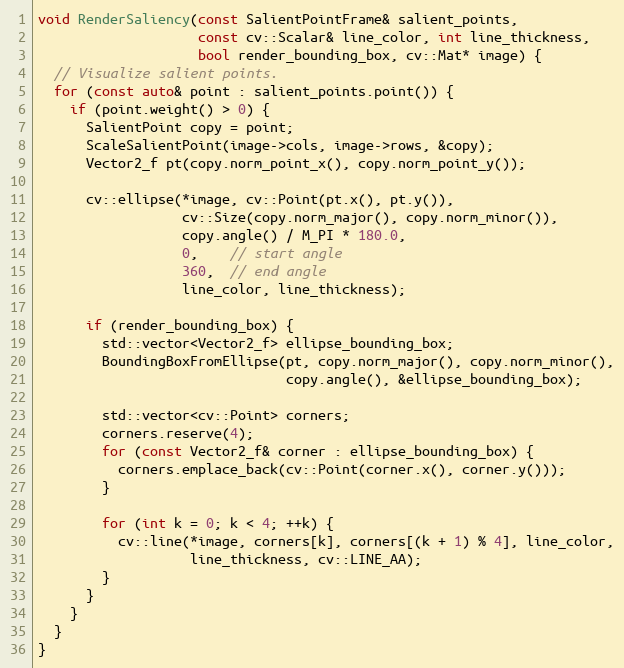
Language: C++
void RenderSaliency(const SalientPointFrame& salient_points,
                    const cv::Scalar& line_color, int line_thickness,
                    bool render_bounding_box, cv::Mat* image) {
  // Visualize salient points.
  for (const auto& point : salient_points.point()) {
    if (point.weight() > 0) {
      SalientPoint copy = point;
      ScaleSalientPoint(image->cols, image->rows, &copy);
      Vector2_f pt(copy.norm_point_x(), copy.norm_point_y());

      cv::ellipse(*image, cv::Point(pt.x(), pt.y()),
                  cv::Size(copy.norm_major(), copy.norm_minor()),
                  copy.angle() / M_PI * 180.0,
                  0,    // start angle
                  360,  // end angle
                  line_color, line_thickness);

      if (render_bounding_box) {
        std::vector<Vector2_f> ellipse_bounding_box;
        BoundingBoxFromEllipse(pt, copy.norm_major(), copy.norm_minor(),
                               copy.angle(), &ellipse_bounding_box);

        std::vector<cv::Point> corners;
        corners.reserve(4);
        for (const Vector2_f& corner : ellipse_bounding_box) {
          corners.emplace_back(cv::Point(corner.x(), corner.y()));
        }

        for (int k = 0; k < 4; ++k) {
          cv::line(*image, corners[k], corners[(k + 1) % 4], line_color,
                   line_thickness, cv::LINE_AA);
        }
      }
    }
  }
}